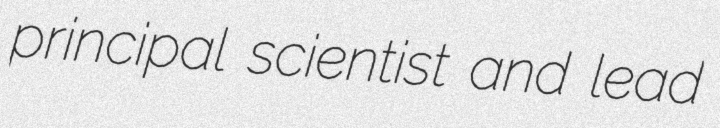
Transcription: principal scientist and lead